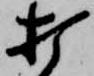
打